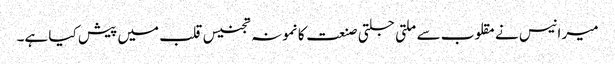
میر انیس نے مقلوب سے ملتی جلتی صنعت کا نمونہ تجنیس قلب میں پیش کیا ہے۔